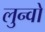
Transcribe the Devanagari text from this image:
लुन्वो